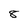
Character: 8